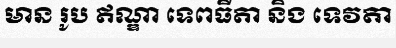
មាន រូប ឥណ្ឌា ទេពធីតា និង ទេវតា